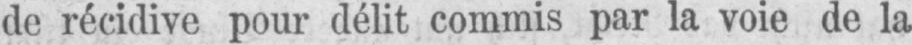
de récidive pour délit commis par la voie de la